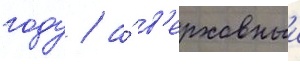
году / а́ в'ерховныи